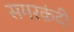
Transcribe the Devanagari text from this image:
समरक़ंदी